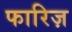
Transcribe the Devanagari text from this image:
फारिज़